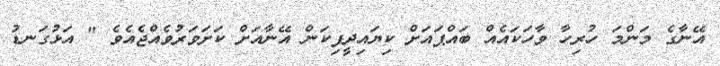
އޭނާގެ މަންމަ ހުރިހާ ވާހަކައެއް ބައްޕައަށް ކިޔައިދީފިކަން އޭނާއަށް ކަށަވަރުވެއްޖެއެވެ " އަޅުގަނޑު